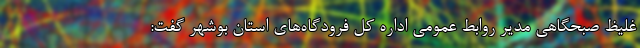
غلیظ صبحگاهی مدیر روابط عمومی اداره کل فرودگاه‌های استان بوشهر گفت: